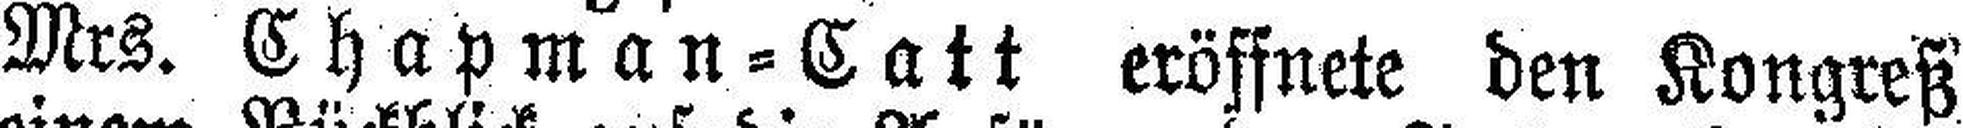
Mrs. Chapman=Catt eröffnete den Kongreß